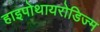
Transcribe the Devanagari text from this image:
हाइपोथायरोडिज्म